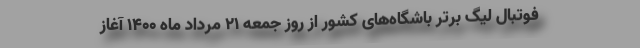
فوتبال لیگ برتر باشگاه‌های کشور از روز جمعه ۲۱ مرداد ماه ۱۴۰۰ آغاز